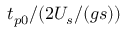
t _ { p 0 } / ( 2 U _ { s } / ( g s ) )